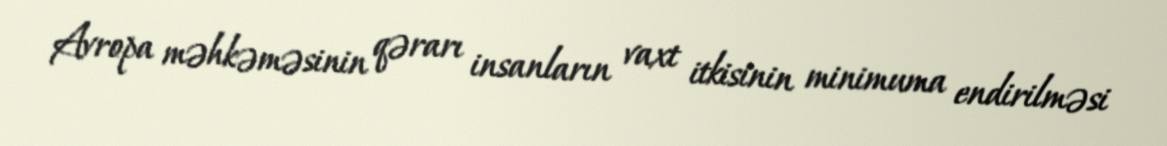
Avropa məhkəməsinin qərarı insanların vaxt itkisinin minimuma endirilməsi